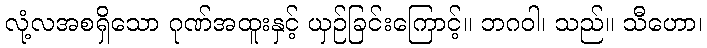
လုံ့လအစရှိသော ဂုဏ်အထူးနှင့် ယှဉ်ခြင်းကြောင့်။ ဘဂဝါ၊ သည်။ သီဟော၊